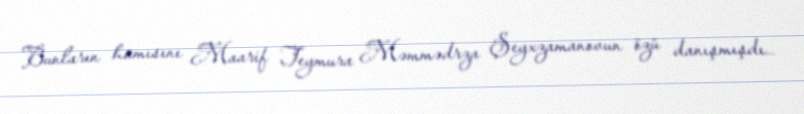
Bunların hamısını Maarif Teymura Məmmədrza Şeyxzamanovun özü danışmışdı…